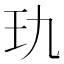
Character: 𰡭